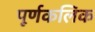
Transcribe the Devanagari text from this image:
पूर्णकलिक